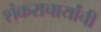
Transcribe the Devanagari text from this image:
शंकराचार्यांची